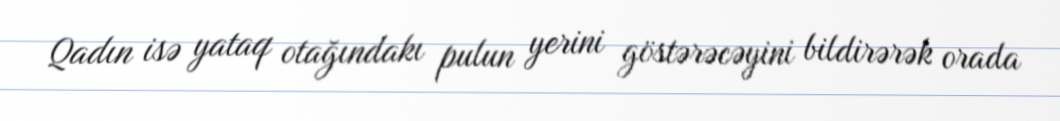
Qadın isə yataq otağındakı pulun yerini göstərəcəyini bildirərək orada